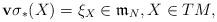
LaTeX: \begin{align*}{\bf v}\sigma_{\ast}(X)=\xi_X\in\mathfrak{m}_N,X\in TM,\end{align*}